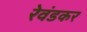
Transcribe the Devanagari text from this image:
रेवंडकर